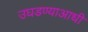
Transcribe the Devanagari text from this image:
उघडण्याआधी